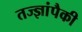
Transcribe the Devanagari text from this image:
तज्‍ज्ञांपैकी